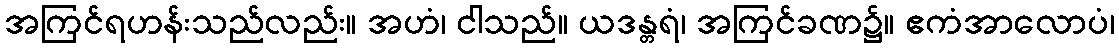
အကြင်ရဟန်းသည်လည်း။ အဟံ၊ ငါသည်။ ယဒန္တရံ၊ အကြင်ခဏ၌။ ဧကံအာလောပံ၊